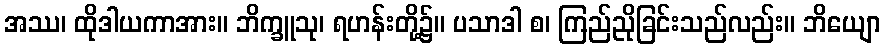
အဿ၊ ထိုဒါယကာအား။ ဘိက္ခူသု၊ ရဟန်းတို့၌။ ပသာဒါ စ၊ ကြည်ညိုခြင်းသည်လည်း။ ဘိယျော